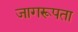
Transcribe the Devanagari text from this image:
जागरूपता